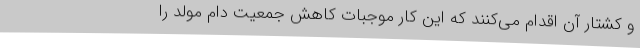
و کشتار آن اقدام می‌کنند که این کار موجبات کاهش جمعیت دام مولد را